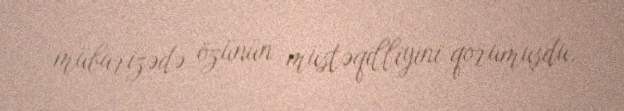
mübarizədə özünün müstəqilliyini qorumuşdu.